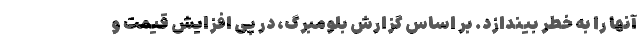
آنها را به خطر بیندازد. بر اساس گزارش بلومبرگ، در پی افزایش قیمت و